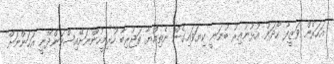
އަހަރެން ވަޒީފާ ހޯދަން އުޅުނުއިރު ބުނަނީ ކިޔަވައިގެން ނެތިއްޔާ ތަޖުރިބާ ހުރިމީހުންނަށޭއިސްކަންދޭނީ އަހަންނަށް